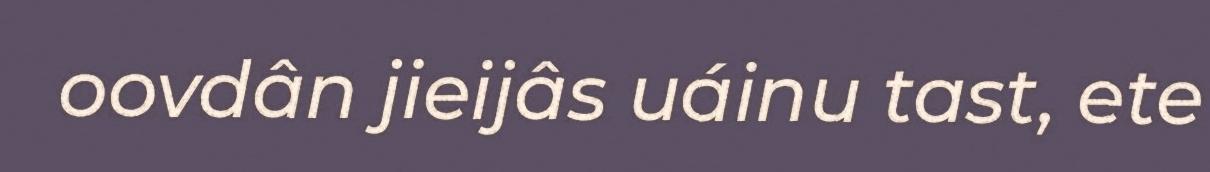
oovdân jieijâs uáinu tast, ete